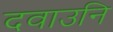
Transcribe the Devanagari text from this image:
दवाउनि